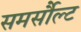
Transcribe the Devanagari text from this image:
समर्सौल्ट